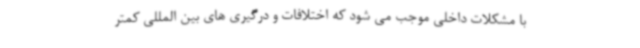
با مشکلات داخلی موجب می شود که اختلافات و درگیری های بین المللی کمتر